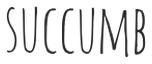
SUCCUMB